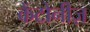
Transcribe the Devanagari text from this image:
केंटोनीज़